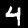
Digit: 4